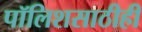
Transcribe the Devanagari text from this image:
पॉलिशसाठीही